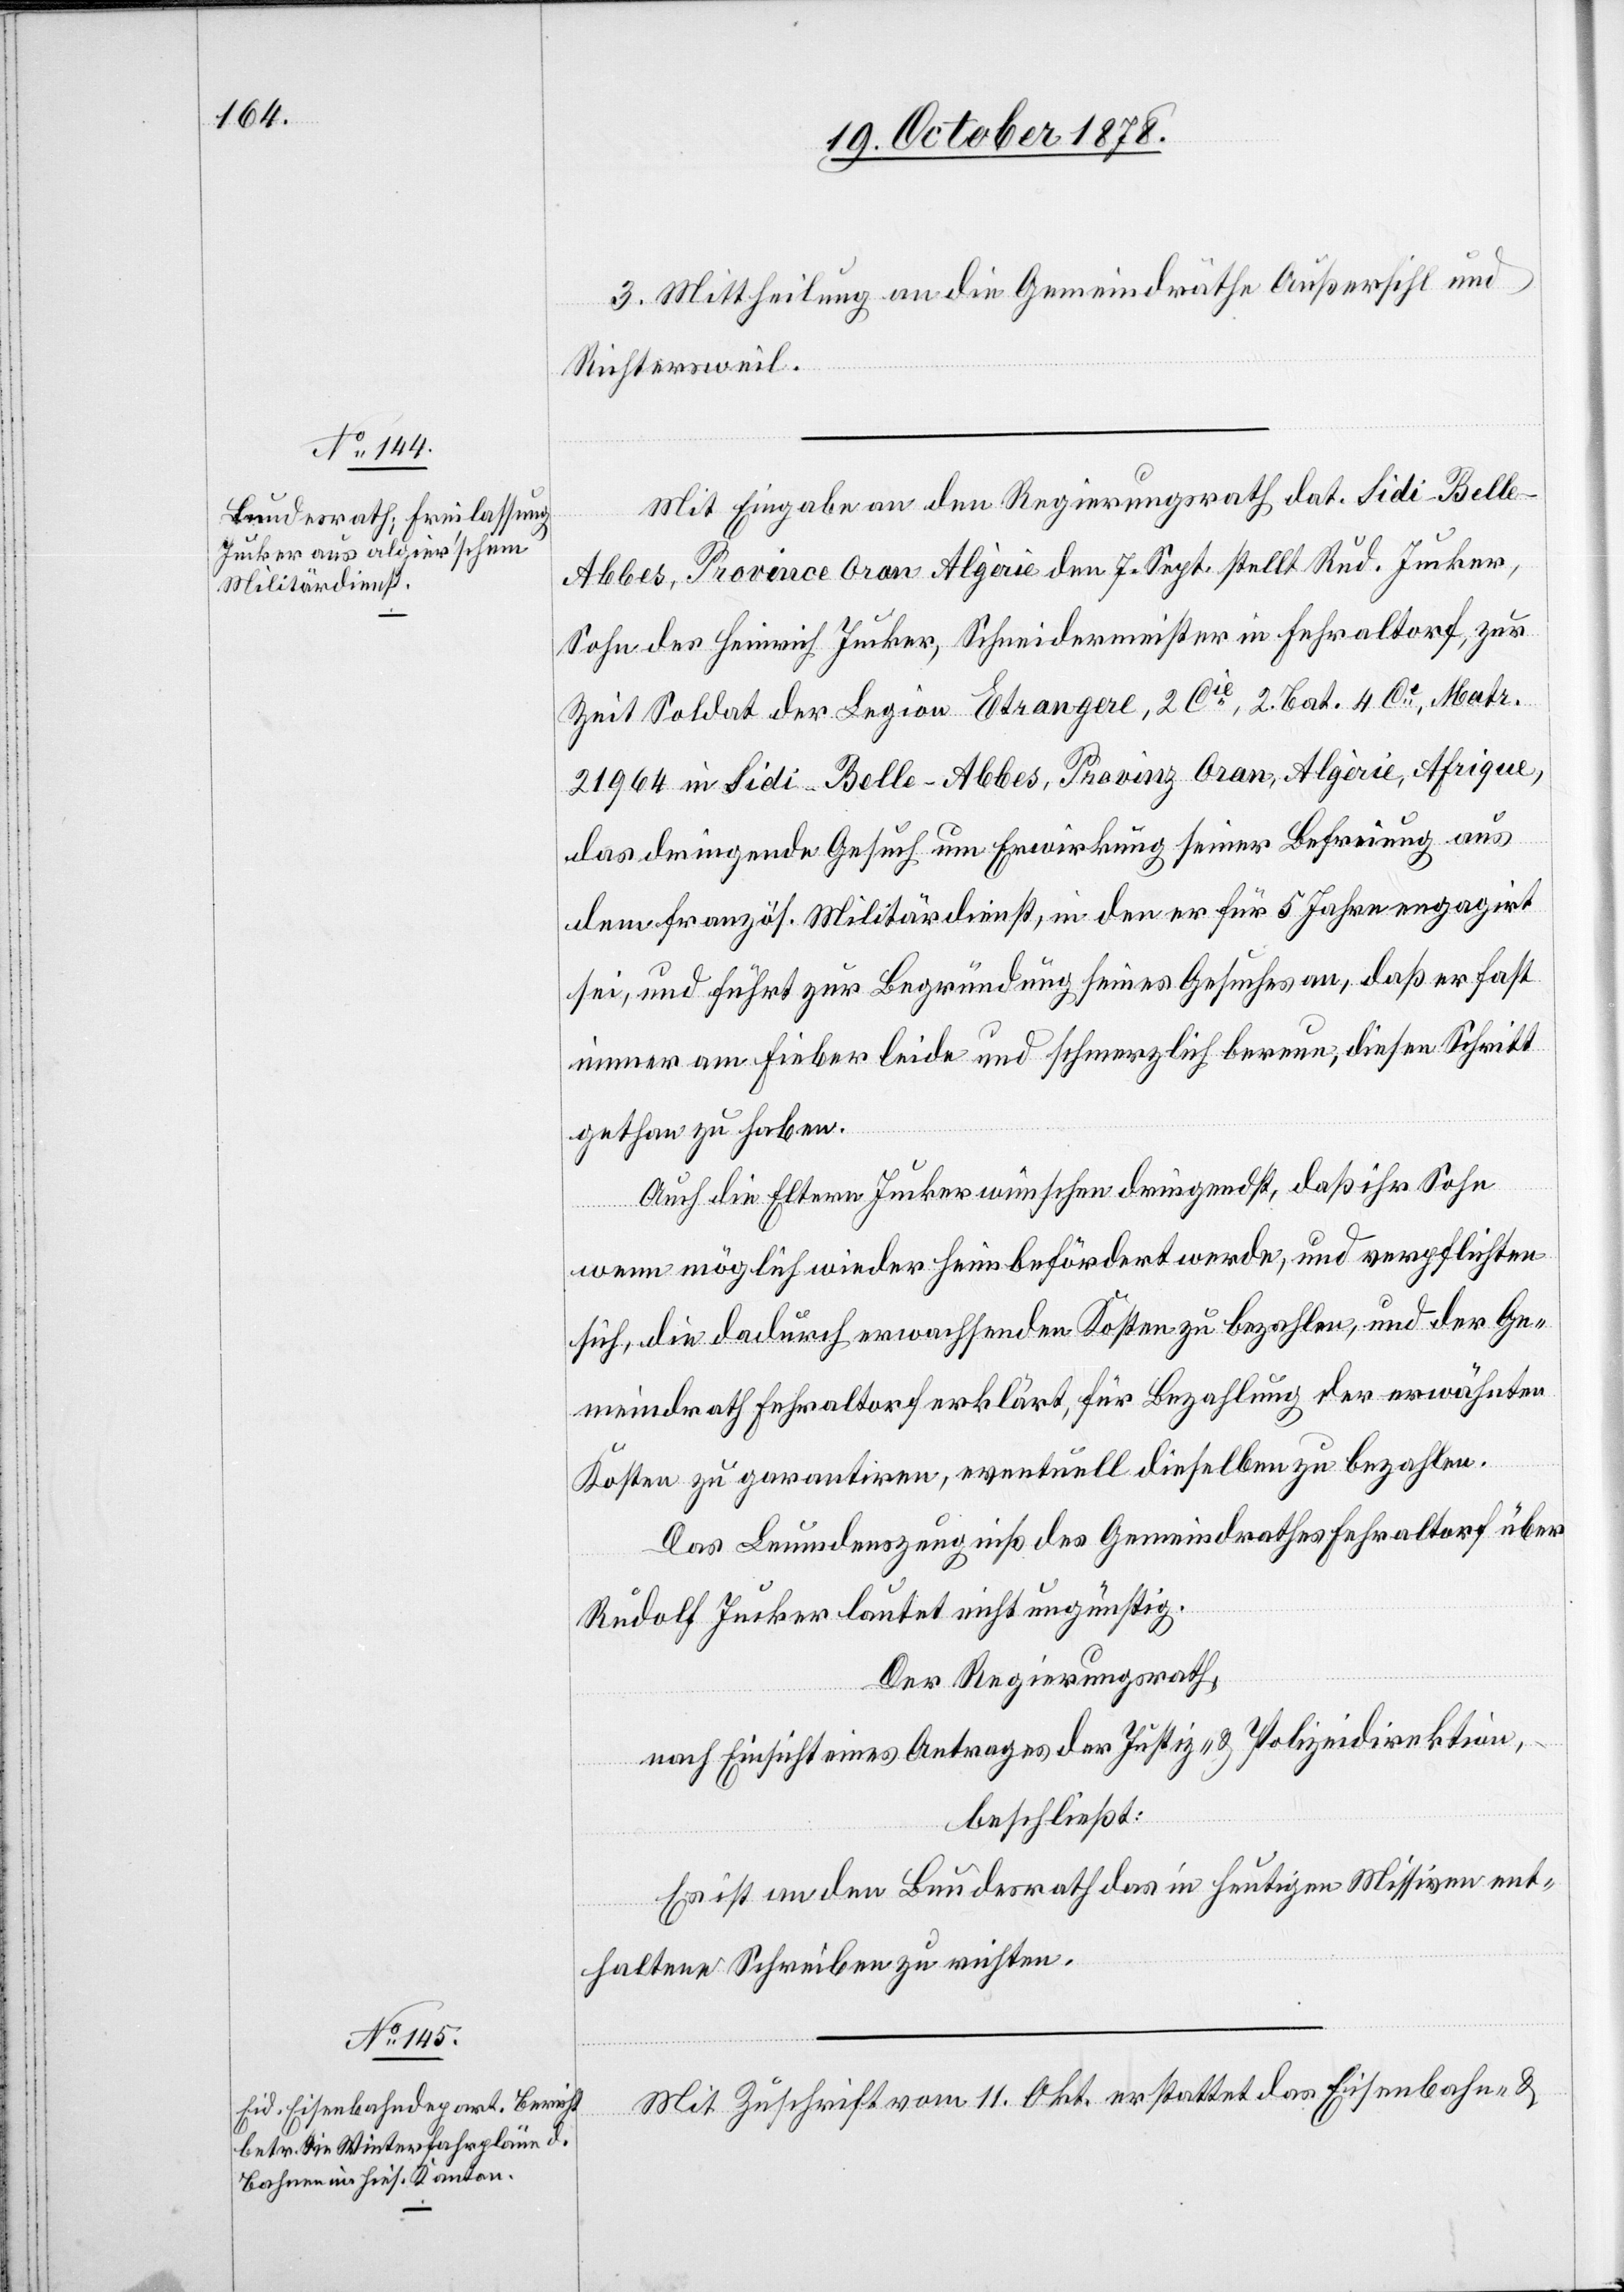
3. Mittheilung an die Gemeindräthe Außersihl und
Richtersweil.
Mit Eingabe an den Regierungsrath dat. Sidi-Bell¬
e-Abbes, Province Oran Algèrie den 7. Sept. stellt Rud. Jucker,
Sohn des Heinrich Jucker, Schneidermeister in Fehraltorf, zur
Zeit Soldat der Legion Etrangere, 2 Cie, 2. Bat. 4 Ce, Matr.
21964 Sidi-Belle-Abbes, Provinz Oran, Algèrie, Afrique,
das dringende Gesuch um Erwirkung seiner Befreiung aus
dem französ. Militärdienst, in dem er für 5 Jahre engagirt
sei, und führt zur Begründung seines Gesuches an, daß er fast
immer am Fieber leide und schmerzlich bereue, diesen Schritt
gethan zu haben.
Auch die Eltern Jucker wünschen dringendst, daß ihr Sohn
wenn möglich wieder heimbefördert werde, und verpflichten
sich, die dadurch erwachsenden Kosten zu bezahlen, und der Ge¬
meindrath Fehraltorf erklärt für Bezahlung der erwähnten
Kosten zu garantiren, eventuell dieselben zu bezahlen.
Das Leumdeszeugniß des Gemeindrathes Fehraltorf über
Rudolf Jucker lautet nicht ungünstig.
Der Regierungsrath,
nach Einsicht eines Antrages der Justiz- & Polizeidirektion,
beschließt:
Es ist an den Bundesrath das in heutigen Missiven ent¬
haltene Schreiben zu richten.
Mit Zuschrift vom 11. Okt. erstattet das Eisenbahn- &